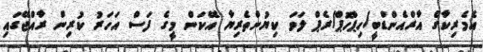
އެމެރިކާގެ އާރްއެންޑްބީ/ހިޕްހޮޕް/ރެޕް ލަވަ ކިޔުންތެރިޔާ އޭކަން މީގެ ފަސް އަހަރު ކުރިން ރާއްޖޭގައި